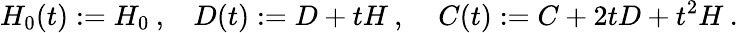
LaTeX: H_{0}(t):=H_{0}\: ,\: \: \: \: D(t):=D+tH\: ,\: \: \: \: \: C(t):=C+2tD+t^{2}H\: .